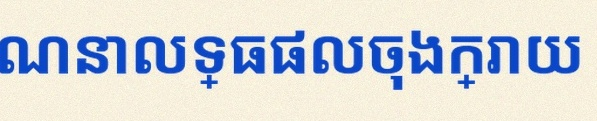
គណនាលទ្ធផលចុងក្រោយ